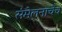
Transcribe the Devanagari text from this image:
संमेलनाचेच